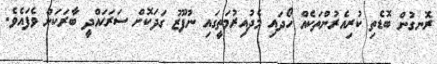
ރޮނގުން ބޮޑެތި ކުރިއެރުންތަކެއް ހޯދައި މެދުއިރުމަތީގައި ނުފޫޒު ގަދަކޮށް ސަރަޙައްދީ ބާރަކަށް ވެފައެވެ.